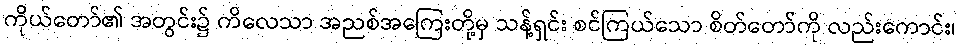
ကိုယ်တော်၏ အတွင်း၌ ကိလေသာ အညစ်အကြေးတို့မှ သန့်ရှင်း စင်ကြယ်သော စိတ်တော်ကို လည်းကောင်း၊